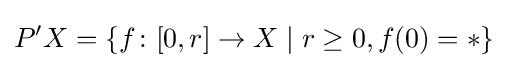
P'X=\{f\colon [0,r]\to X\mid r\geq 0,f(0)=*\}